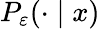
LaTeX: P_{\varepsilon}(\cdot\mid x)